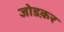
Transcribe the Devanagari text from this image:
जोडक़र